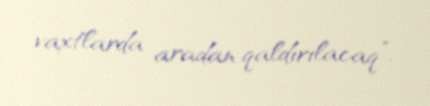
vaxtlarda aradan qaldırılacaq”.